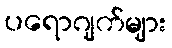
ပရောဂျက်များ